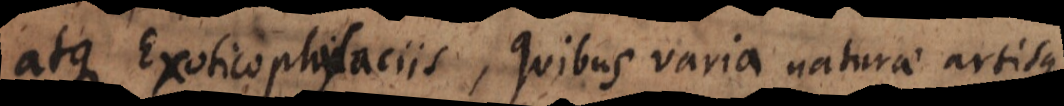
atque Exoticophylaciis, quibus varia naturae artisque